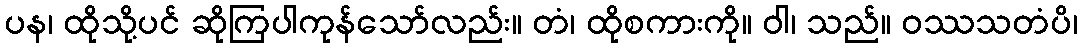
ပန၊ ထိုသို့ပင် ဆိုကြပါကုန်သော်လည်း။ တံ၊ ထိုစကားကို။ ဝါ၊ သည်။ ဝဿသတံပိ၊